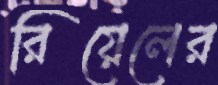
রিয়েলের